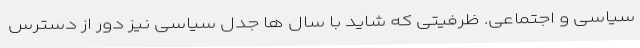
سیاسی و اجتماعی. ظرفیتی که شاید با سال ها جدل سیاسی نیز دور از دسترس